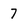
Character: 7